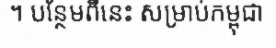
។ បន្ថែមពីនេះ សម្រាប់កម្ពុជា